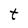
Character: t